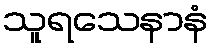
သူရသေနာနံ